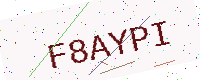
Text: F8AYPI